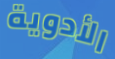
الأدوية